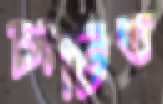
চাটিত